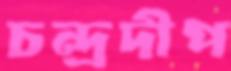
চন্দ্রদীপ